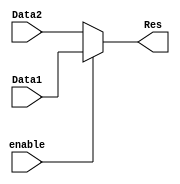
`timescale 1ns / 1ps
//////////////////////////////////////////////////////////////////////////////////
// Company: 
// Engineer: 
// 
// Design Name: 
// Module Name: MUX_32b
// Project Name: 
// Target Devices: 
// Tool Versions: 
// Description: 
// 
// Dependencies: 
// 
// Revision:
// Revision 0.01 - File Created
// Additional Comments:
// 
//////////////////////////////////////////////////////////////////////////////////


module MUX_32b(
   input enable,
   input [31:0]Data1,
   input [31:0]Data2,
   output [31:0] Res
   );
   
   assign Res = enable?Data1:Data2; 
    
    
endmodule